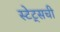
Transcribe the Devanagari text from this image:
स्टेट्सची